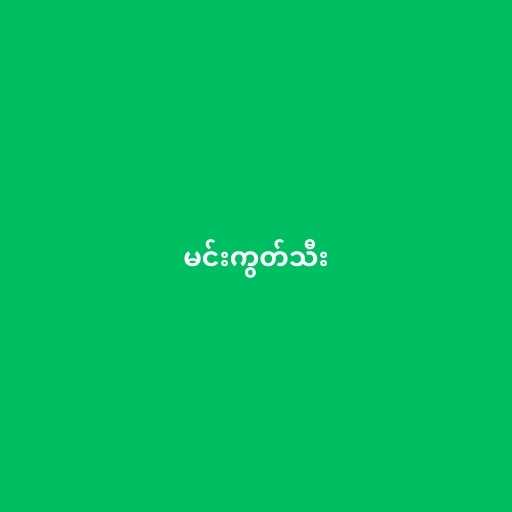
မင်းကွတ်သီး